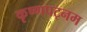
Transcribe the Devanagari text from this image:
कृष्णपट्नम